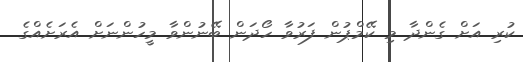
ކުރި އަށް ގެންދާ މި ކޭމްޕުން ފަރުވާ ހޯދަން ބޭނުންވާ މީހުންނަށް އެރަށެއްގެ